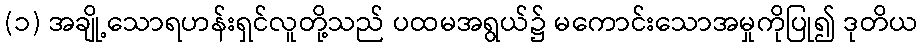
(၁) အချို့သောရဟန်းရှင်လူတို့သည် ပထမအရွယ်၌ မကောင်းသောအမှုကိုပြု၍ ဒုတိယ